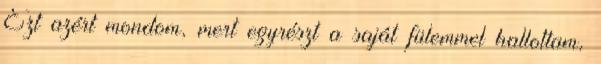
Ezt azért mondom, mert egyrészt a saját fülemmel hallottam,